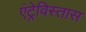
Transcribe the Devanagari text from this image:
एंट्रेविस्तास